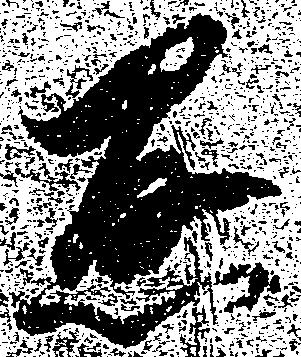
懸